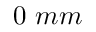
0 \ m m